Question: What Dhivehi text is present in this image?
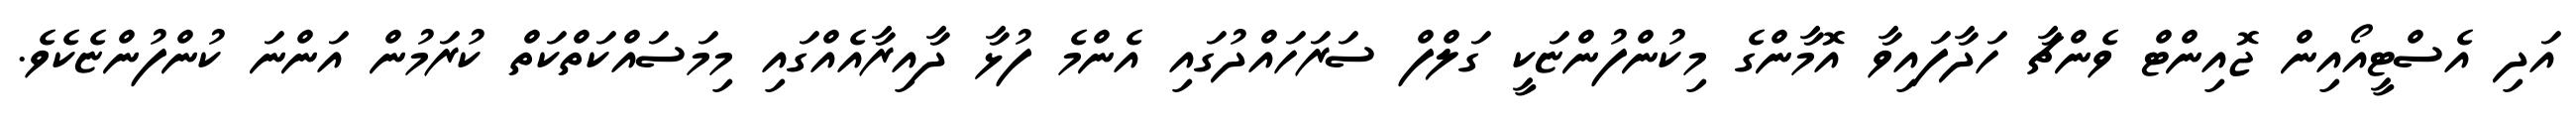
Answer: އަދި އެސްޓީއޯއިން ޖޮއިންޓް ވެންޗާ ހަދާފައިވާ އޮމާންގެ މިކުންފުންޏަކީ ގަލްފް ސަރަހައްދުގައި އެންމެ ފުޅާ ދާއިރާއެއްގައި މިމަސައްކަތްކަތް ކުރަމުން އަންނަ ކުންފުންޏެކެވެ.